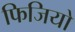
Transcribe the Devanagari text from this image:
फिजियो